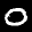
Label: 0